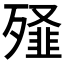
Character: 𭮞